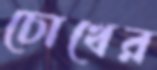
চোখের